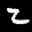
Label: 2